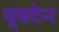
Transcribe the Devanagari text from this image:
थुबटेन